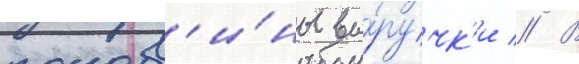
полов'и́ны вы́ручк'и // В